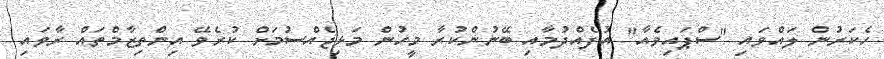
ހެކަރުން ލައްވައި "ސްޕައިވެއާ" އުފެއްދުމާއި ބޭނުންކުރާ މީހުން މަޅިޖެއްސުމަށް ކުރެވޭ އިންތިޒާމްތައް ރާވައި